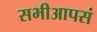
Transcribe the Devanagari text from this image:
सभीआपसं